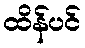
ထိန်ပင်